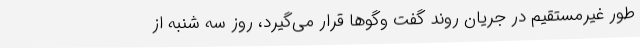
طور غیرمستقیم در جریان روند گفت وگوها قرار می‌گیرد، روز سه شنبه از